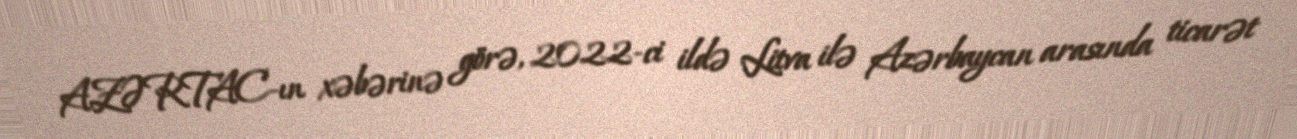
AZƏRTAC-ın xəbərinə görə, 2022-ci ildə Litva ilə Azərbaycan arasında ticarət